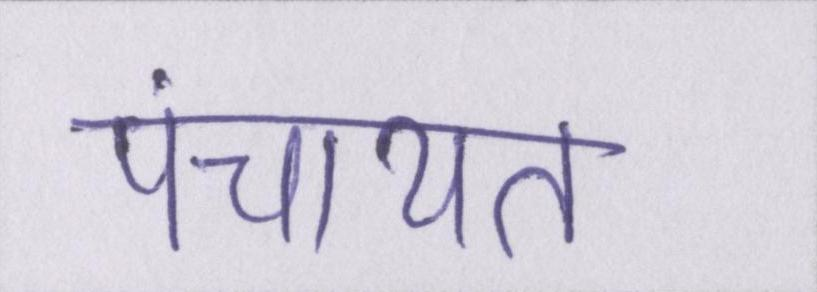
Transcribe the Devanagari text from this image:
पंचायत